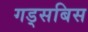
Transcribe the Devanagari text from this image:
गड्सबिस